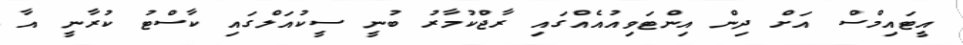
އީޓައިމްސް އަށް ދިން އިންޓަވިއުއެއްގައި ރާޖްކުމާރު ބުނީ ސީކުއަލްގައި ކާސްޓު ކުރާނީ އާ